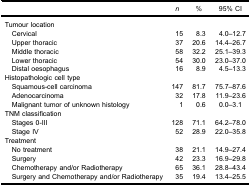
|  | n | % | 95% CI |
 | --- | --- | --- | --- |
 | Tumour location |  |  |  |
 | Cervical | 15 | 8.3 | 4.0–12.7 |
 | Upper thoracic | 37 | 20.6 | 14.4–26.7 |
 | Middle thoracic | 58 | 32.2 | 25.1–39.3 |
 | Lower thoracic | 54 | 30.0 | 23.0–37.0 |
 | Distal oesophagus | 16 | 8.9 | 4.5–13.3 |
 | Histopathologic cell type |  |  |  |
 | Squamous-cell carcinoma | 147 | 81.7 | 75.7–87.6 |
 | Adenocarcinoma | 32 | 17.8 | 11.9–23.6 |
 | Malignant tumor of unknown histology | 1 | 0.6 | 0.0–3.1 |
 | TNM classification |  |  |  |
 | Stages 0-III | 128 | 71.1 | 64.2–78.0 |
 | Stage IV | 52 | 28.9 | 22.0–35.8 |
 | Treatment |  |  |  |
 | No treatment | 38 | 21.1 | 14.9–27.4 |
 | Surgery | 42 | 23.3 | 16.9–29.8 |
 | Chemotherapy and/or Radiotherapy | 65 | 36.1 | 28.8–43.4 |
 | Surgery and Chemotherapy and/or Radiotherapy | 35 | 19.4 | 13.4–25.5 |